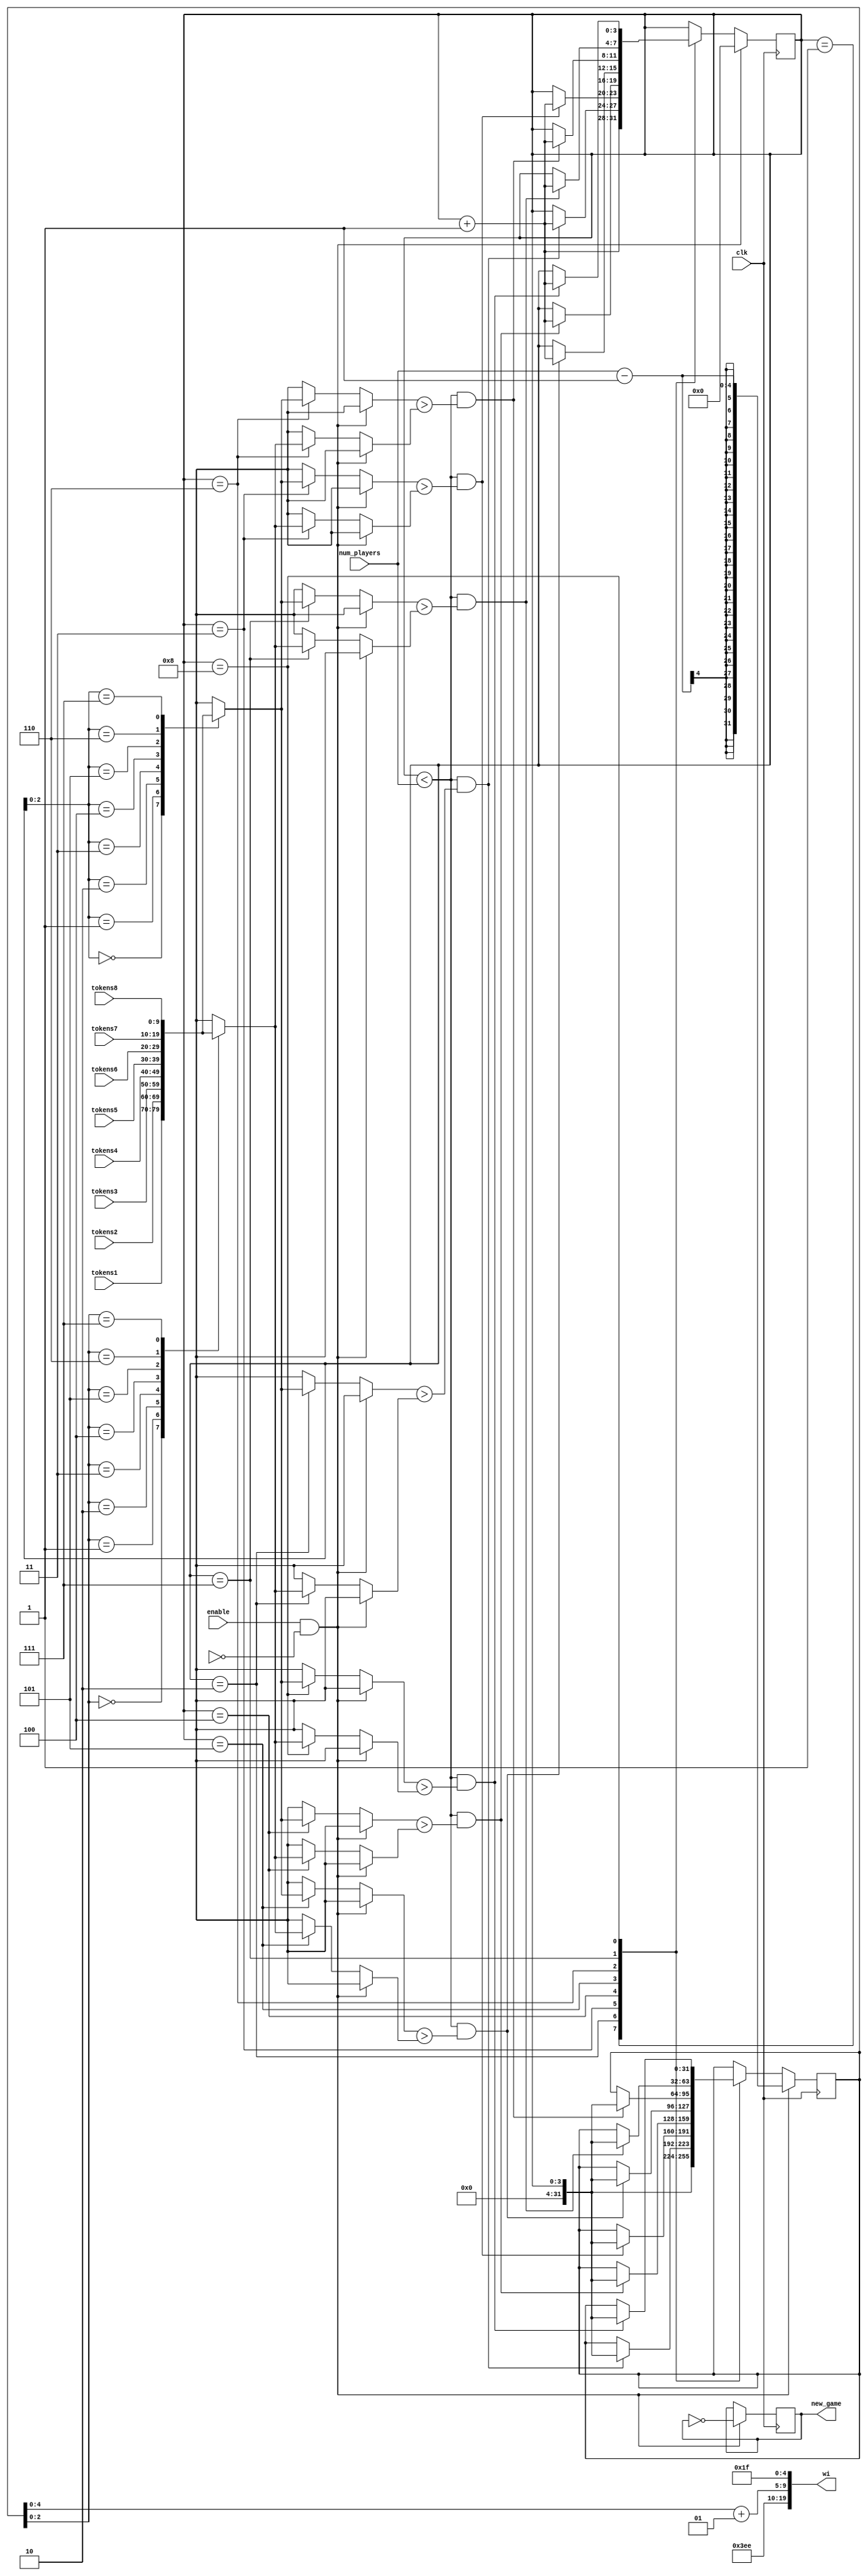
module winner(
	input clk,
    input enable,
	input [3:0] num_players,
    input [9:0] tokens1,
    input [9:0] tokens2,
    input [9:0] tokens3,
    input [9:0] tokens4,
    input [9:0] tokens5,
    input [9:0] tokens6,
    input [9:0] tokens7,
    input [9:0] tokens8,
    output [19:0] wi,
    output new_game
    );

	reg [19:0] wi;
	reg new_game = 0;
	
	reg enable_d;
	integer highest = 0;
	
	reg [9:0] tokens [0:7];
    
    reg [3:0] count = 0;
	
	always @* begin
		tokens[0] = tokens1;
		tokens[1] = tokens2;
		tokens[2] = tokens3;
		tokens[3] = tokens4;
		tokens[4] = tokens5;
		tokens[5] = tokens6;
		tokens[6] = tokens7;
		tokens[7] = tokens8;
	end
	
	always @ (posedge clk) begin
		if (enable && !enable_d) begin
			new_game <= ~new_game;
			highest <= num_players-1;
            count <= 0;
		end
		else begin
            case (count)
                1: begin
                    highest <= count;
                    count <= count + 1;
                end
                2: begin
                    if (count < num_players && tokens[count]> tokens[highest]) begin
                        highest <= count;
                        count <= count + 1;
                    end
                end
                3: begin
                    if (count < num_players && tokens[count]> tokens[highest]) begin
                        highest <= count;
                        count <= count + 1;
                    end
                end
                4: begin
                    if (count < num_players && tokens[count]> tokens[highest]) begin
                        highest <= count;
                        count <= count + 1;
                    end
                end
                5: begin
                    if (count < num_players && tokens[count]> tokens[highest]) begin
                        highest <= count;
                        count <= count + 1;
                    end
                end
                6: begin
                    if (count < num_players && tokens[count]> tokens[highest]) begin
                        highest <= count;
                        count <= count + 1;
                    end
                end
                7: begin
                    if (count < num_players && tokens[count]> tokens[highest]) begin
                        highest <= count;
                        count <= count + 1;
                    end
                end
                8: begin
                    if (count < num_players && tokens[count]> tokens[highest]) begin
                        highest <= count;
                        count <= count + 1;
                    end
                end
            endcase
		end
	end
	
	always @* begin
		wi[19:15] = 5'd31;
		wi[14:10] = 5'd14;
		wi[9:5] = highest + 1;
		wi[4:0] = 5'd31;
	end
	
endmodule